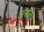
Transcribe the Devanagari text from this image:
असंलग्न